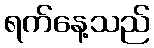
ရက်နေ့သည်